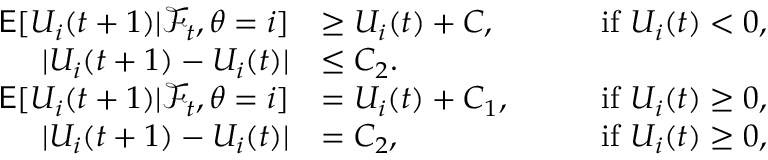
\begin{array} { r l r l } { \mathsf { E } [ U _ { i } ( t + 1 ) | \mathcal { F } _ { t } , \theta = i ] } & { \ge U _ { i } ( t ) + C , } & { \quad } & { \mathrm { i f ~ } U _ { i } ( t ) < 0 , } \\ { | U _ { i } ( t + 1 ) - U _ { i } ( t ) | } & { \le C _ { 2 } . } & & { } \\ { \mathsf { E } [ U _ { i } ( t + 1 ) | \mathcal { F } _ { t } , \theta = i ] } & { = U _ { i } ( t ) + C _ { 1 } , } & { \quad } & { \mathrm { i f ~ } U _ { i } ( t ) \ge 0 , } \\ { | U _ { i } ( t + 1 ) - U _ { i } ( t ) | } & { = C _ { 2 } , } & { \quad } & { \mathrm { i f ~ } U _ { i } ( t ) \ge 0 , } \end{array}